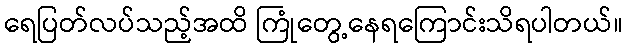
ရေပြတ်လပ်သည့်အထိ ကြုံတွေ့နေရကြောင်းသိရပါတယ်။